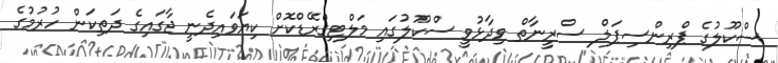
ސްކޫލުގެ ޕްރިންސިޕަލް ސްރީނާތް ވިދާޅުވީ ސްކޫލުގައި މަލްޓިގްރޭޑްކޮށް ކިޔަވައިދެނީ ޖާގައިގެ ދަތިކަން ހުރުމުގެ